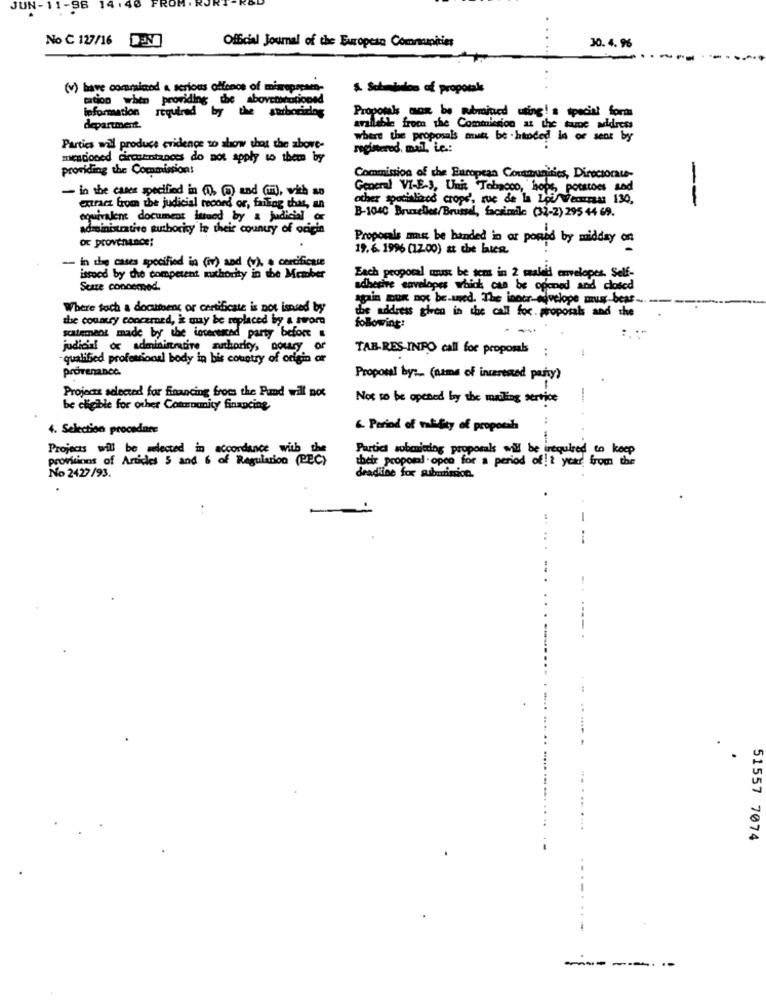
JUN-11-88
No C 127/16
Official Journal of the European Communities
30.4.96
(v) have commainod a serious offence of misopraen-
. Sobminden of proposte
cation when providing the abovetitutionnd
information required by the authorizing
Proposals max be pubmined uting' s special form
department.
available from the Commission at the same address
where the proposals mutt be .handed la or sent by
Parties will produce evidence to show that the above-
registered. mail. ic .:
mentioned circumstances do not apply to them by
providing the Commission!
Commission of the European Communities, Directorate-
- in the cases specified in (0), (a) and (im), with so
General VI-E-S, Unix Tobacco, hope, potstoes and
other specialized crops', rue de la Loirecursus 130,
--
extract from the judicial record or, failing chas, an
equivalent document issued by & judicial or
B-1040 Bruxelles/Brussel, facsimile (32-2) 295 44 69.
administrative authority le their country of origin
oc provenance:
Proposals mas be handed in or poned by midday on
19. 6. 1996 (12.00) at che lates.
-- in the cases specified in (iv) and (v), a certificate
issoed by the competent authority in the Member
Each proporal must be sem in 2 maleid envelopes. Self-
Seaze connemed.
adhesive envelopes which can be opened and closed
again BUK not be.wed. The inner-ejvelope muu bear.
-
Where toch a document or certificate is not isnsed by
the address stren in the call for proposals and the
the country concerned, it may be replaced by a stora
following:
statement made by the incertaced party before
judicial or administrative authority, nowry or
TAB-RES-INFO call for proposals
:
qualified professional body in bis country of origin ar
Provenance.
Proposal by: (name of interested party)
Projects selected for Financing froms the Pud will not
Not so be opened by the mailing service
be eligible for other Community financing,
4. Selection procedure
6. Period of validity of propossh
Projects will be selected in accordance with the
provisions of Articles 5 and 6 of Regulation (PEC)
Partici submitting proposals will be irequired to keep
their proposal - opce for a period of! ? year. from the
No 2427 /93.
deadline for submission.
-
51557 7074
------